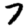
Digit: 7